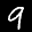
Label: 9